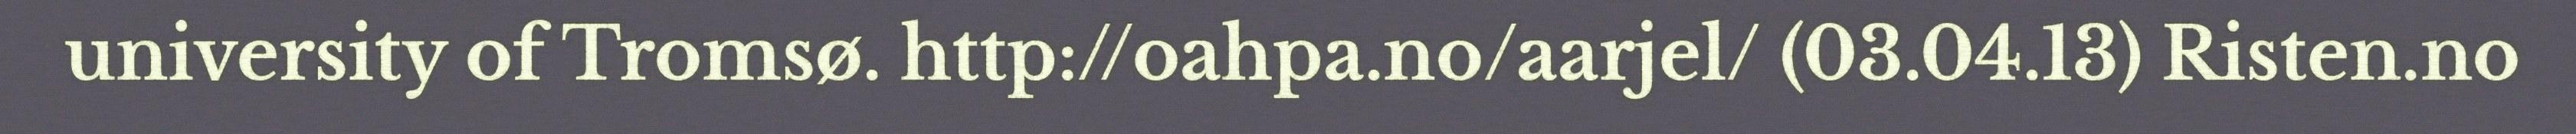
university of Tromsø. http://oahpa.no/aarjel/ (03.04.13) Risten.no